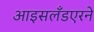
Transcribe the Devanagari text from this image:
आइसलँडएरने